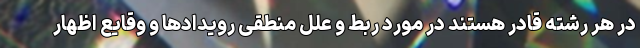
در هر رشته قادر هستند در مورد ربط و علل منطقی رویدادها و وقایع اظهار